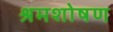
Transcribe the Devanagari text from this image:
श्रमशोषण